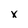
Character: x